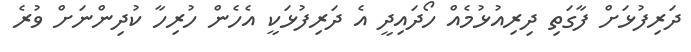
ދަރިފުޅަށް ފާގަތި ދިރިއުޅުމެއް ހޯދައިދީ އެ ދަރިފުޅަކީ އެހެން ހުރިހާ ކުދިންނަށް ވުރެ